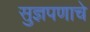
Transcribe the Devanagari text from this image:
सुज्ञपणाचे